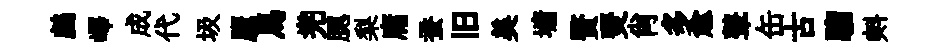
鸕嶧成代圾鷹馬兠腮梨庸蚕旧美墉贅燹肖多愈鼙缶古騮㪺